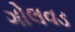
ગોલવડ